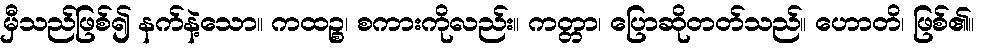
မှီသည်ဖြစ်၍ နက်နဲ့သော။ ကထဉ္စ၊ စကားကိုလည်း။ ကတ္တာ၊ ပြောဆိုတတ်သည်။ ဟောတိ၊ ဖြစ်၏။